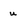
Character: u